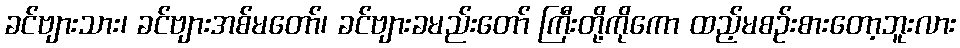
ခင်ဗျားသား၊ ခင်ဗျားအစ်မတော်၊ ခင်ဗျားခမည်းတော် ကြီးတို့ကိုကော ထည့်မစဉ်းစားတော့ဘူးလား